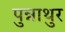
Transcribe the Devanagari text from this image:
पुन्नाथुर